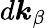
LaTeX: {d\boldsymbol{k}_{\beta}}